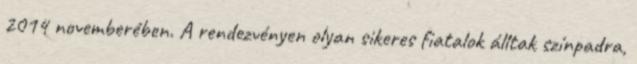
2014 novemberében. A rendezvényen olyan sikeres fiatalok álltak színpadra,